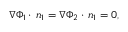
\nabla \Phi _ { 1 } \cdot \, \boldsymbol { n } _ { 1 } = \nabla \Phi _ { 2 } \cdot \, \boldsymbol { n } _ { 1 } = 0 ,